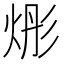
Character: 烿